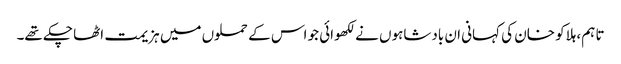
تا ہم، ہلاکو خان کی کہانی ان بادشاہوں نے لکھوائی جو اس کے حملوں میں ہزیمت اٹھا چکے تھے۔